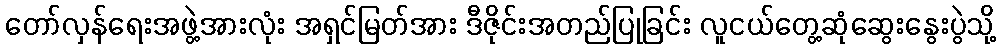
တော်လှန်ရေးအဖွဲ့အားလုံး အရှင်မြတ်အား ဒီဇိုင်းအတည်ပြုခြင်း လူငယ်တွေ့ဆုံဆွေးနွေးပွဲသို့